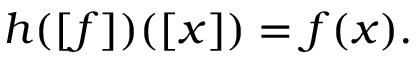
h ( [ f ] ) ( [ x ] ) = f ( x ) .